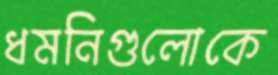
ধমনিগুলোকে